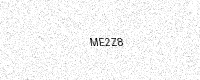
Text: ME2Z8